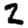
Digit: 2